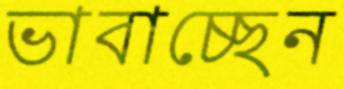
ভাবাচ্ছেন